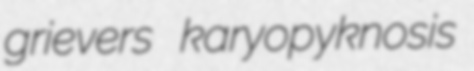
grievers karyopyknosis